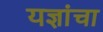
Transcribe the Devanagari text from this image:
यज्ञांचा